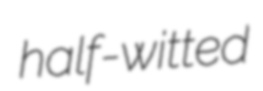
half-witted